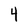
Character: 4